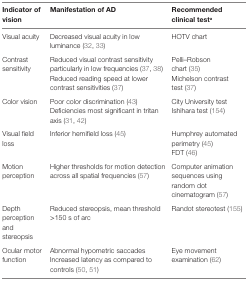
<table><thead><tr><td><b>Indicator of vision</b></td><td><b>Manifestation of AD</b></td><td><b>Recommended clinical test<sup>a</sup></b></td></tr></thead><tbody><tr><td>Visual acuity</td><td>Decreased visual acuity in low luminance (32, 33)</td><td>HOTV chart</td></tr><tr><td rowspan="2">Contrast sensitivity</td><td>Reduced visual contrast sensitivity particularly in low frequencies (37, 38)</td><td>Pelli–Robson chart (35)</td></tr><tr><td>Reduced reading speed at lower contrast sensitivities (37)</td><td>Michelson contrast test (37)</td></tr><tr><td rowspan="2">Color vision</td><td>Poor color discrimination (43)</td><td>City University test</td></tr><tr><td>Deficiencies most significant in tritan axis (31, 42)</td><td>Ishihara test (154)</td></tr><tr><td rowspan="2">Visual field loss</td><td rowspan="2">Inferior hemifield loss (45)</td><td>Humphrey automated perimetry (45)</td></tr><tr><td>FDT (46)</td></tr><tr><td>Motion perception</td><td>Higher thresholds for motion detection across all spatial frequencies (57)</td><td>Computer animation sequences using random dot cinematogram (57)</td></tr><tr><td>Depth perception and stereopsis</td><td>Reduced stereopsis, mean threshold &gt;150 s of arc</td><td>Randot stereotest (155)</td></tr><tr><td rowspan="2">Ocular motor function</td><td>Abnormal hypometric saccades</td><td rowspan="2">Eye movement examination (62)</td></tr><tr><td>Increased latency as compared to controls (50, 51)</td></tr></tbody></table>